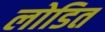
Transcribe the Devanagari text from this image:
लोडित